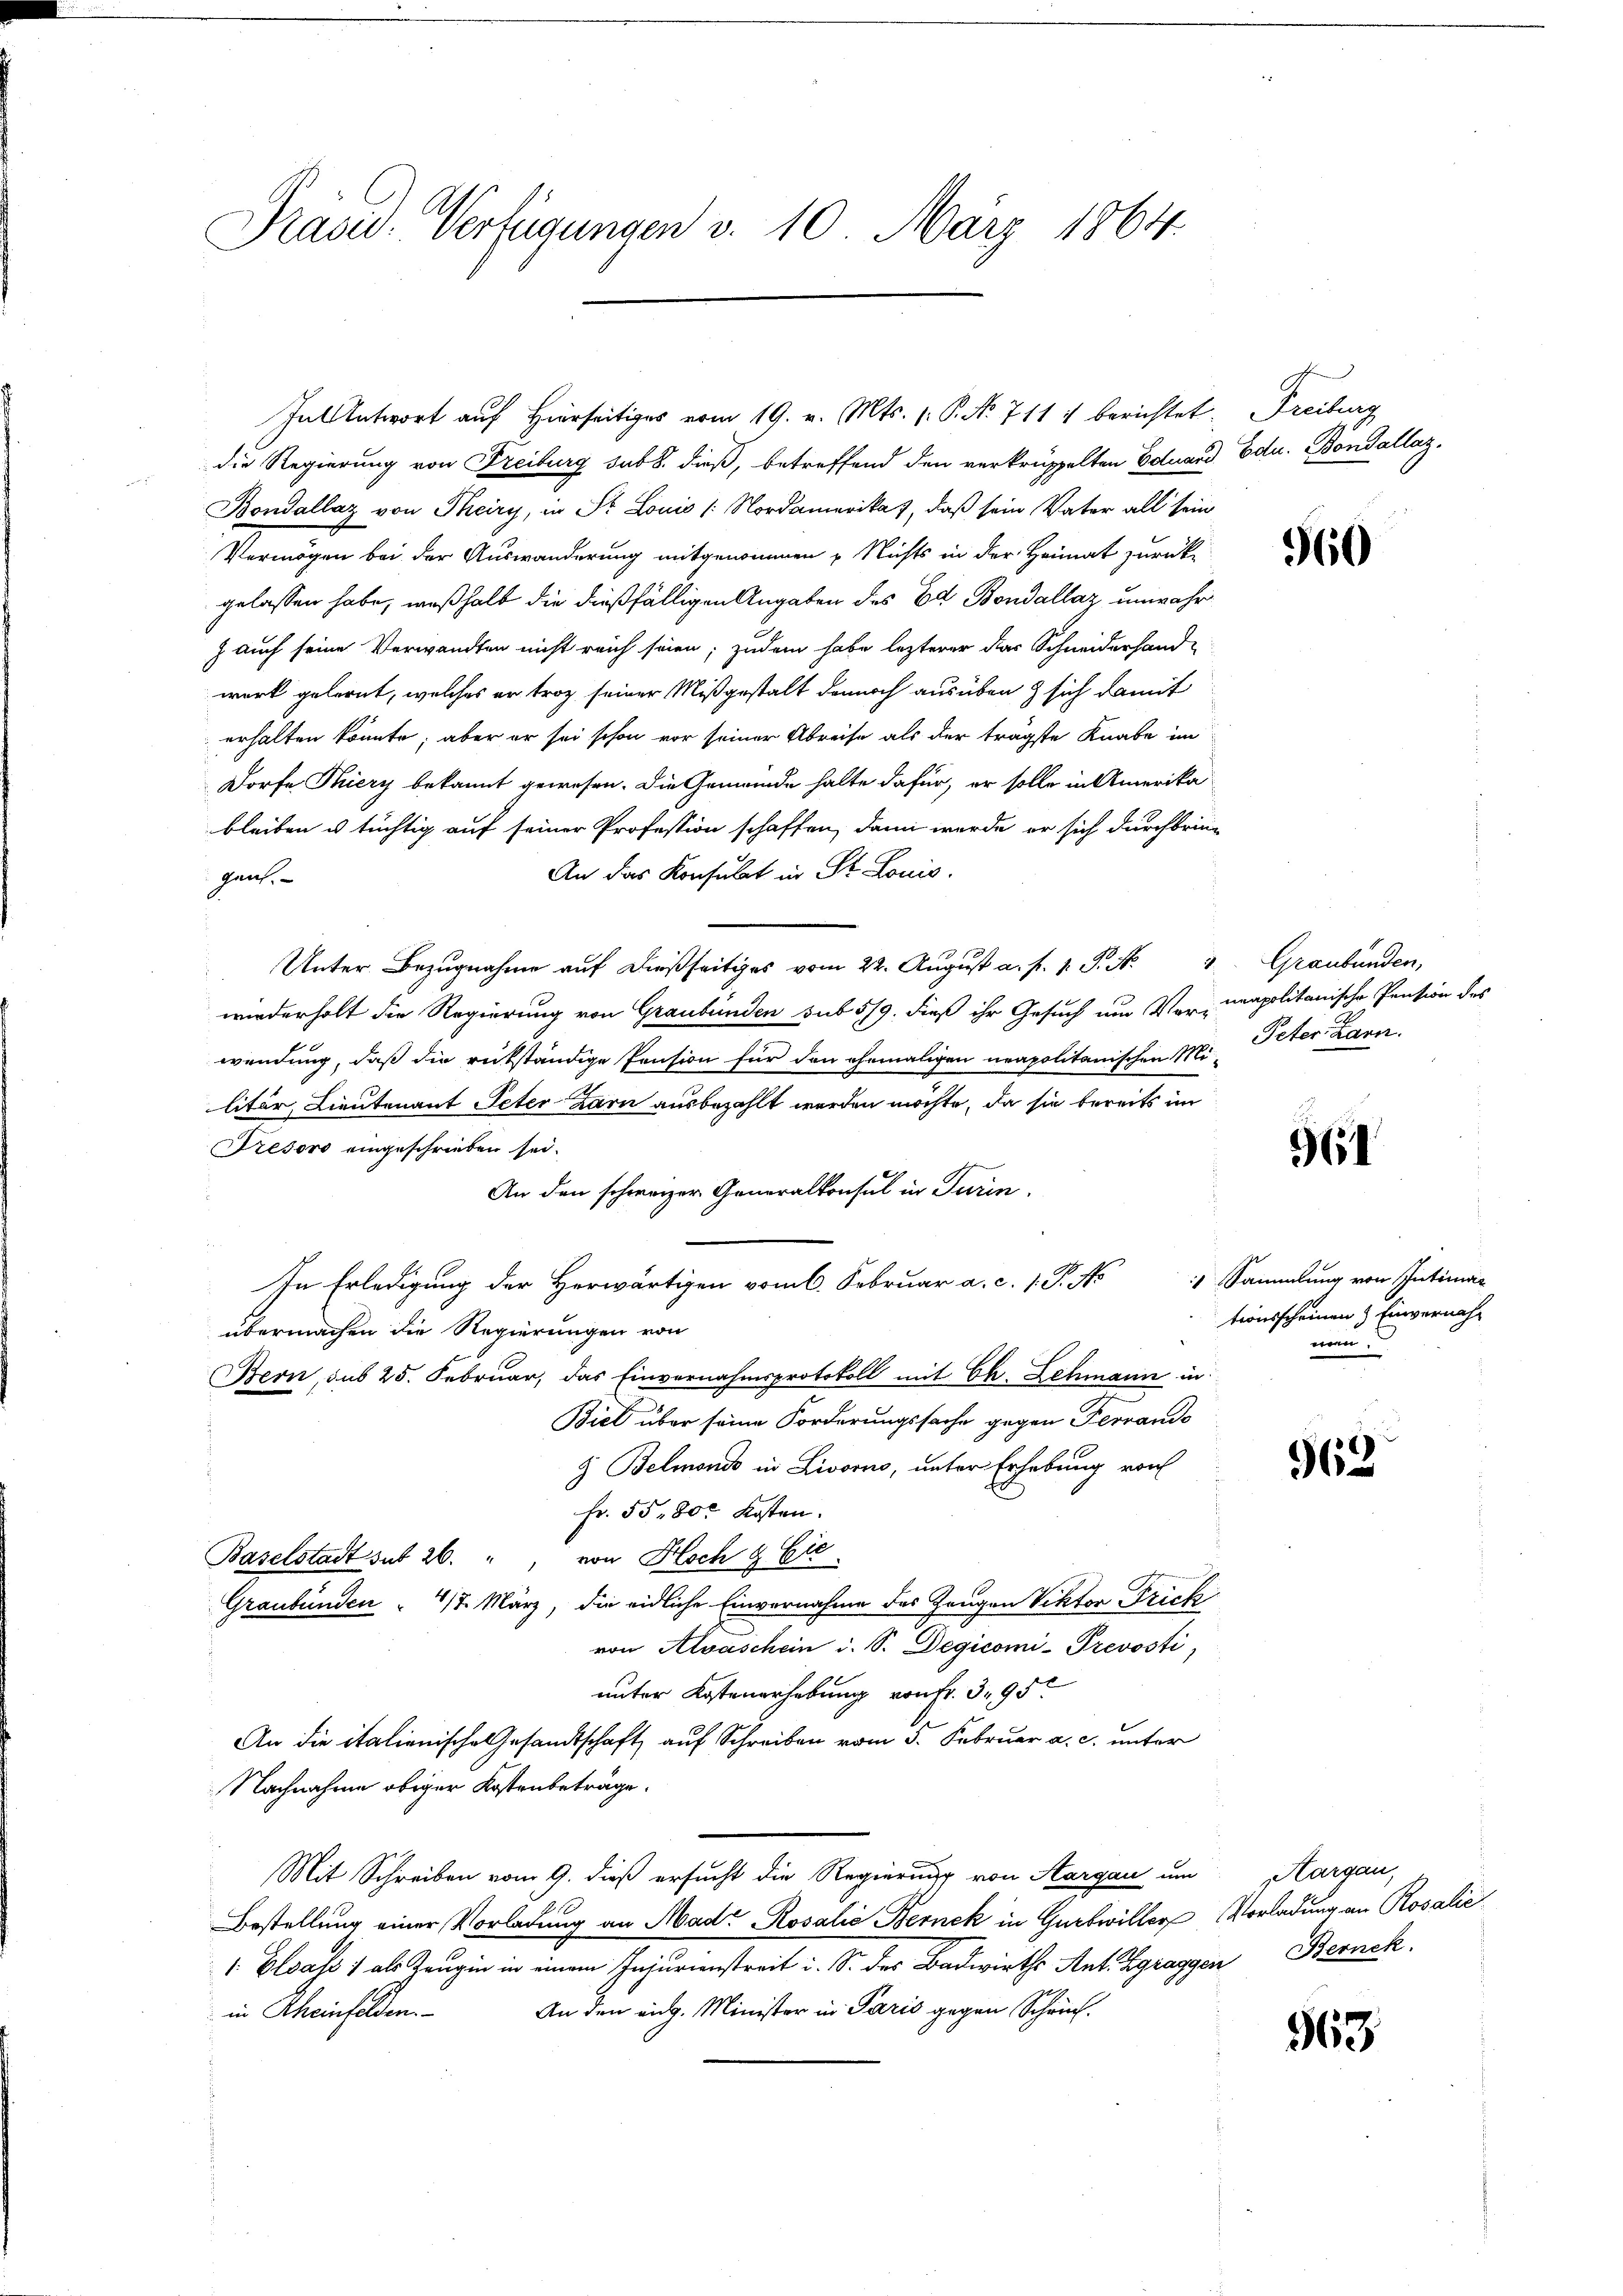
Prasid. Verfügungen v. 10. März 1864.

In Antwort auf Hierseitiges vom 19. v. Mts. 1. P. No 711 1 berichtet. Freiburg

die Regierung von Freiburg sub b. dieß, betreffend den verkrüppelten Eduard Edu. Bondallaz.
Bondallaz von Theiry, in St. Louis /: Nordamerikas, daß sein Vater all sein
Vermögen bei der Auswanderung mitgenommen u Nichts in der Heimat zurückgelassen habe, weßhalb die dießfälligen Angaben des Ed. Bondallaz unwahr¬
) auch seine Verwandten nicht reich seien; zudem habe lezterer das Schneiderhande
werk gelernt, welches er troz seiner Mißgestalt dennoch ausüben sich damit
erhalten könnte; aber er sei schon vor seiner Abreise als der trägste Knabe im
Dorfe Thiery bekannt gewesen. Die Gemeinde halte dafür, er solle in Amerika
bleiben u. tüchtig auf seiner Profession schaffen, dann werde er sich durchbrin-
An das Konsulat in Dr. Louis.
gans.
Unter Bezugnahme auf dießseitiges vom 22. August a. f. 1. P. N. 3. Graubünden,
s
wiederholt die Regierung von Graubünden sub 5/9. dieß ihr Gesuch um Ver-
wendung, daß die rükständige Pension für den ehemaligen neapolitanischen Mi-
litär, Lieutenant Peter Zarn ausbezahlt werden möchte, da sie bereits im
Trésovo eingeschrieben sei.
An den schweizer Generalkonsul in Turin.
In Erledigung der Hr. Sammlung von Intimat
übermachen die Regierungen von
Bern, sub 25. Februar, das Einvernahmsprotokoll mit Ch. Lehmann in
Biel über seine Forderungssache gegen Ferrands
9 Belmonds in Livorno, unter Erhebung von
Fr. 55,800 Kosten.
Baselstadt sub 26. von Hoch & Eis
Graubünden " 47. März, die eidliche Einvernahme des Zeugen Viktor Frick
von Alvaschein i. S. Degicomi-Prevosti,
unter Kostenerhebung von Fr. 395
An die italienische Gesandtschaft auf Schreiben vom 3. Februar a. c. unter
Nachnahme obiger Kostenbeträge.
Mit Schreiben vom 9. dieß ersucht die Regierung von Aargau um
Bestellung einer Vorladung an Mad: Rosalia Bernek in Gurtwiller Vorladung an Rosalie
1 Elsass 1 als Zeugin in einem Injurienstreit i. S. des Badwirths Ant. Zgraggen Bernek
An den eidg. Minister in Paris gegen Schrich.
in Rheinfelden.

960

neapolitanische Pension des
Peter. Larn.

961

tionsscheinen & Einvernahmen.

963

963.

Aargau,